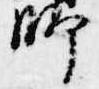
師